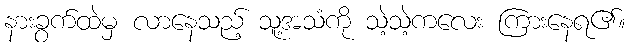
နားခွက်ထဲမှ လာနေသည့် သူ့အသံကို သဲ့သဲ့ကလေး ကြားနေရ၏။